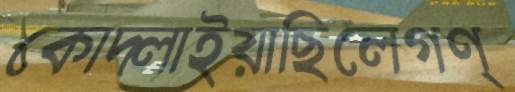
কোদ্‌লাইয়াছিলেগণ্